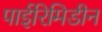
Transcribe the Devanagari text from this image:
पाईरिमिडीन